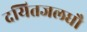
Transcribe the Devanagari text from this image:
दयितजलधौ